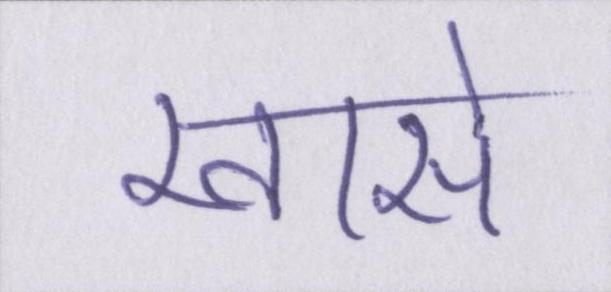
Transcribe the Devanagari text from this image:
खासे